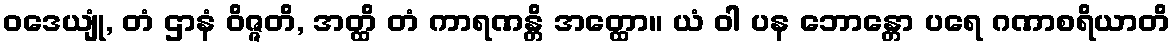
ဝဒေယျုံ, တံ ဌာနံ ဝိဇ္ဇတိ, အတ္ထိ တံ ကာရဏန္တိ အတ္ထော။ ယံ ဝါ ပန ဘောန္တော ပရေ ဂဏာစရိယာတိ